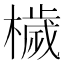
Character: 檅